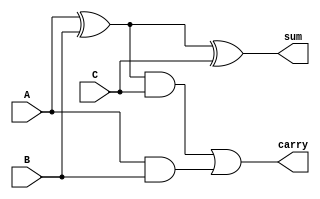
//-------------------------------------------------
//
// Sample 1-Bit Full Adder
// Eric William Becker
// September 25, 2022
//
// For my students this semester.
//
//-------------------------------------------------



//=============================================
//
// Full Adder
//
//=============================================
module FullAdder(A,B,C,carry,sum);
	input A;
	input B;
	input C;
	output carry;
	output sum;
	reg carry;
	reg sum;
//---------------------------------------------	
 
	always @(*) 
	  begin
		sum= A^B^C;
		carry= ((A^B)&C)|(A&B);  
	  end
//---------------------------------------------
endmodule

/*
module testbench();
reg inputA;
reg inputB;
reg inputC;
wire outputC;
wire outputS;
FullAdder FA0(inputB,inputA,inputC,outputC,outputS);

initial begin
inputA=1'b1;
inputB=1'b1;
inputC=1'b1;
#60;
$display("%2b+%2b+%2b= %b%b",inputA,inputB,inputC,outputC,outputS);
$display("%2d+%2d+%2d= %2d",inputA,inputB,inputC,2*outputC+outputS);
end
endmodule
*/